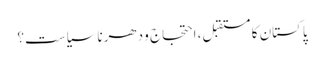
پاکستان کا مستقبل، احتجاج و دھرنا سیاست؟